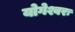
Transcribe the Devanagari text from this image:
योगेश्वरः